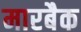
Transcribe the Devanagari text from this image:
मारबैक